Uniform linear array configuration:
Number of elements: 32
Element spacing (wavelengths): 0.75
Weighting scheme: kaiser
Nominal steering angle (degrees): -15
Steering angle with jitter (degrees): -13.985
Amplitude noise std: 0.05
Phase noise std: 0.05

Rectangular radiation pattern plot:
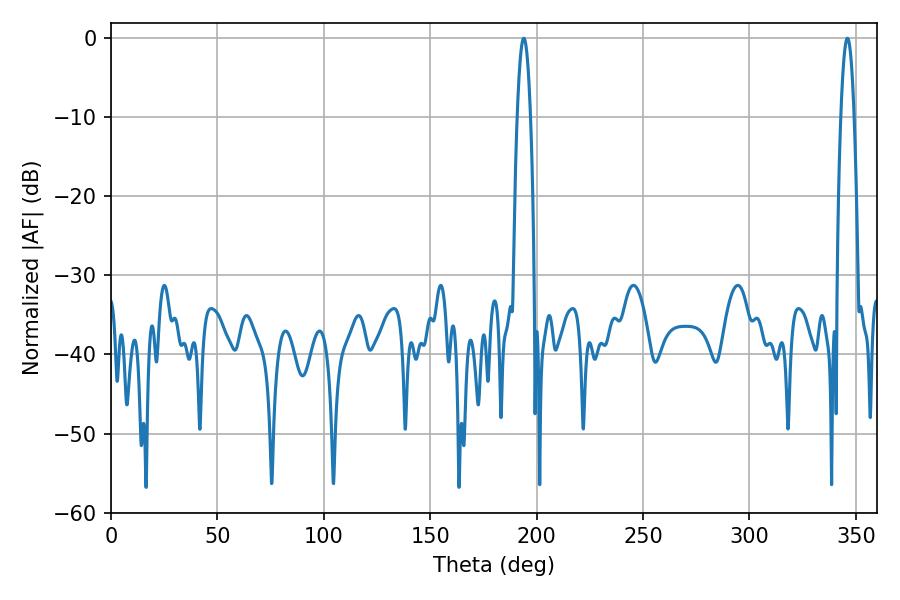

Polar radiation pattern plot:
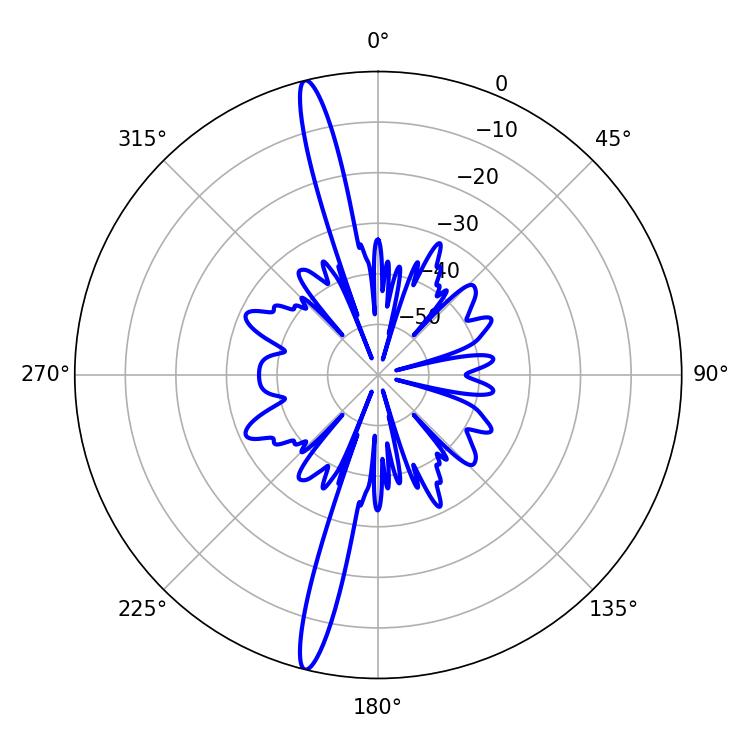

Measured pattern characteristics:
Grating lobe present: TRUE
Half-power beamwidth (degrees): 3.42
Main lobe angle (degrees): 345.96